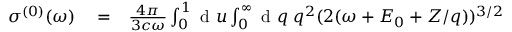
\begin{array} { r l r } { \sigma ^ { ( 0 ) } ( \omega ) } & { { } = } & { \frac { 4 \pi } { 3 c \omega } \int _ { 0 } ^ { 1 } \ensuremath { \mathrm { ~ d ~ } } u \int _ { 0 } ^ { \infty } \ensuremath { \mathrm { ~ d ~ } } q \; q ^ { 2 } ( 2 ( \omega + E _ { 0 } + Z / q ) ) ^ { 3 / 2 } } \end{array}